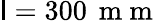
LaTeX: \mathsf{l}=300\, \mathrm{{~m~m~}}